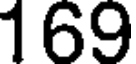
169